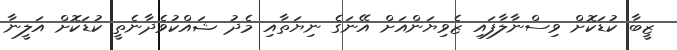
ޒީބާ ކުޑަކޮށް ވިސްނާލާފައި ޒެވިޔަންއަށް އޭނަގެ ނިޔަތާއި މެދު ޝައްކުވެދާނެތީ ކުޑަކޮށް އަލީނާ